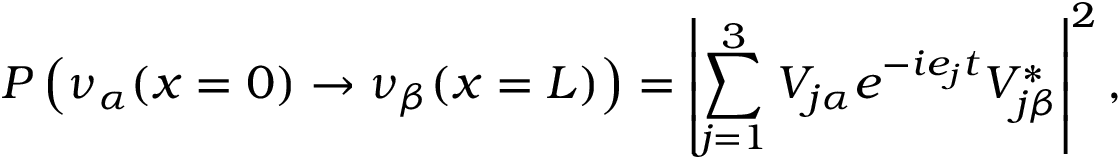
P \left( \nu _ { \alpha } ( x = 0 ) \rightarrow \nu _ { \beta } ( x = L ) \right) = \left| \sum _ { j = 1 } ^ { 3 } V _ { j \alpha } e ^ { - i e _ { j } t } V _ { j \beta } ^ { * } \right| ^ { 2 } ,